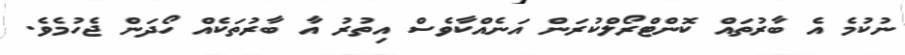
ނުކުމެ އެ ބާރުތައް ކޮންޓްރޯލްކުރަން އަނެއްކާވެސް އިތުރު އާ ބާރުތަކެއް ހޯދަން ޖެހުމެވެ.